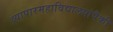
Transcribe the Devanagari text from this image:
व्यापारमहाविद्यालयांपैकी